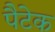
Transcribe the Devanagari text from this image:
पैटेक